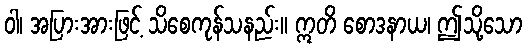
ဝါ၊ အပြားအားဖြင့် သိစေကုန်သနည်း။ ဣတိ စောဒနာယ၊ ဤသို့သော